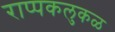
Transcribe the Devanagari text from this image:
राप्पकलुकळ